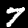
Digit: 7